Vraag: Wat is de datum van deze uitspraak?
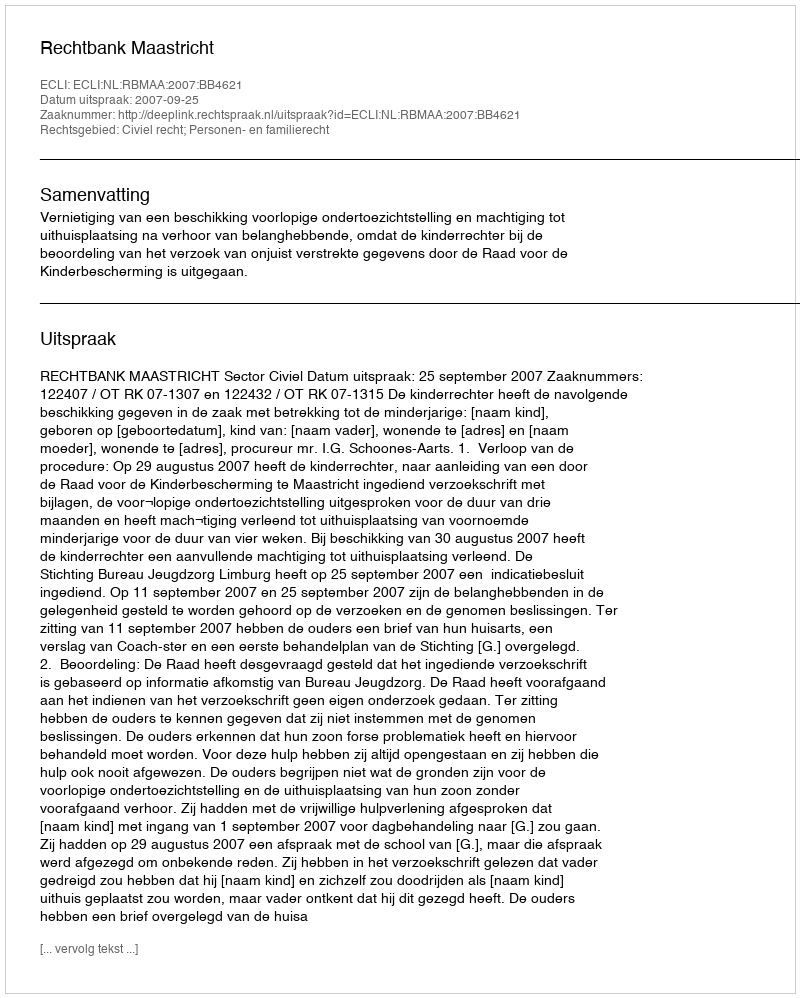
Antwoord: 2007-09-25